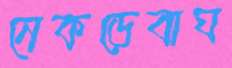
নেকড়েবাঘ